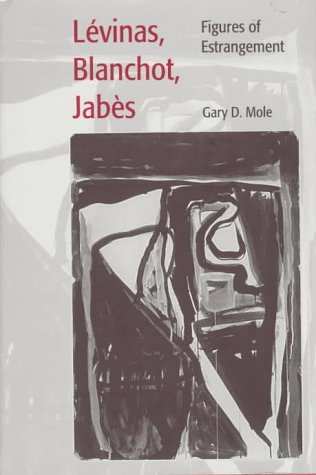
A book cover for Levinas, Blanchot, Jabes: Figures of Estrangement (Comparative Studies in European Literature and Philosophy); Gary D. Mole; Gay & Lesbian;